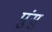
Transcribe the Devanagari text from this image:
पुंसु